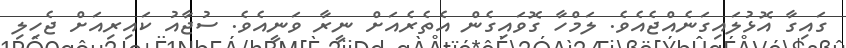
ގައިގާ އޮޅުލައިގަނެއްޖެއެވެ. ލަމްހާ ގޮވައިގެން އެތެރެއަށް ނީރާ ވަނީއެވެ. ސުޖާއު ކައިރިއަށް ޖެހިލި